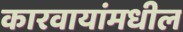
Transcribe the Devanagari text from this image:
कारवायांमधील